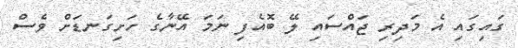
ގައިގައި އެ މަދިރި ޖައްސައި ލޭ ބޮއެފި ނަމަ އޭނާގެ ހަށިގަނޑަށް ވެސް